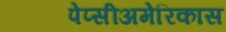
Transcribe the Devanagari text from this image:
पेप्सीअमेरिकास